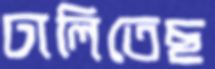
ঢালিতেছ